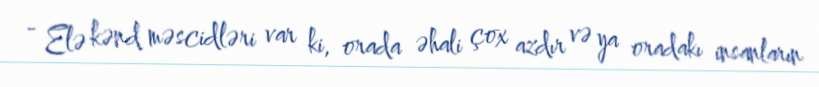
- Elə kənd məscidləri var ki, orada əhali çox azdır və ya oradakı insanların